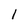
Character: 1